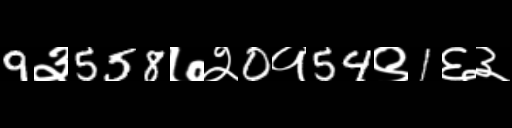
Text: 9३558७२0१54९1६३